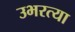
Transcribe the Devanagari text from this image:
उभरत्या